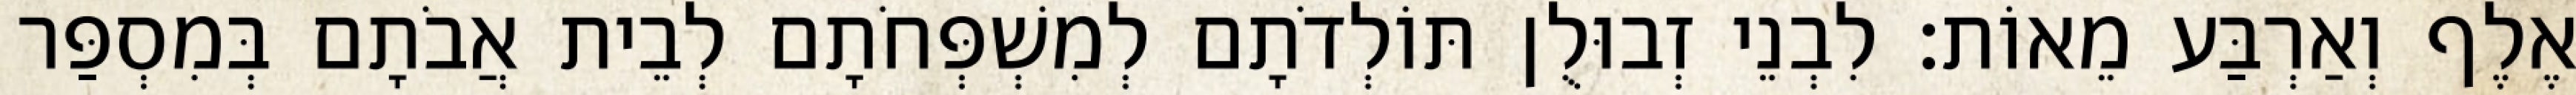
אֶלֶף וְאַרְבַּע מֵאוֹת׃ לִבְנֵי זְבוּלֻן תּוֹלְדֹתָם לְמִשְׁפְּחֹתָם לְבֵית אֲבֹתָם בְּמִסְפַּר